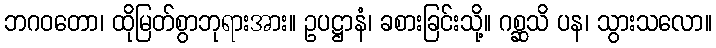
ဘဂဝတော၊ ထိုမြတ်စွာဘုရားအား။ ဥပဋ္ဌာနံ၊ ခစားခြင်းသို့။ ဂစ္ဆသိ ပန၊ သွားသလော။